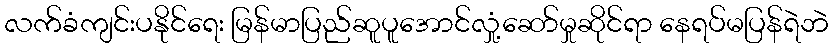
လက်ခံကျင်းပနိုင်ရေး မြန်မာပြည်ဆူပူအောင်လှုံ့ဆော်မှုဆိုင်ရာ နေရပ်မပြန်ရဲဘဲ